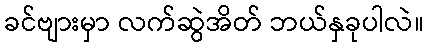
ခင်ဗျားမှာ လက်ဆွဲအိတ် ဘယ်နှခုပါလဲ။